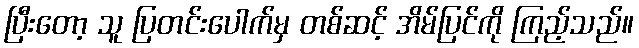
ပြီးတော့ သူ ပြတင်းပေါက်မှ တစ်ဆင့် အိမ်ပြင်ကို ကြည့်သည်။